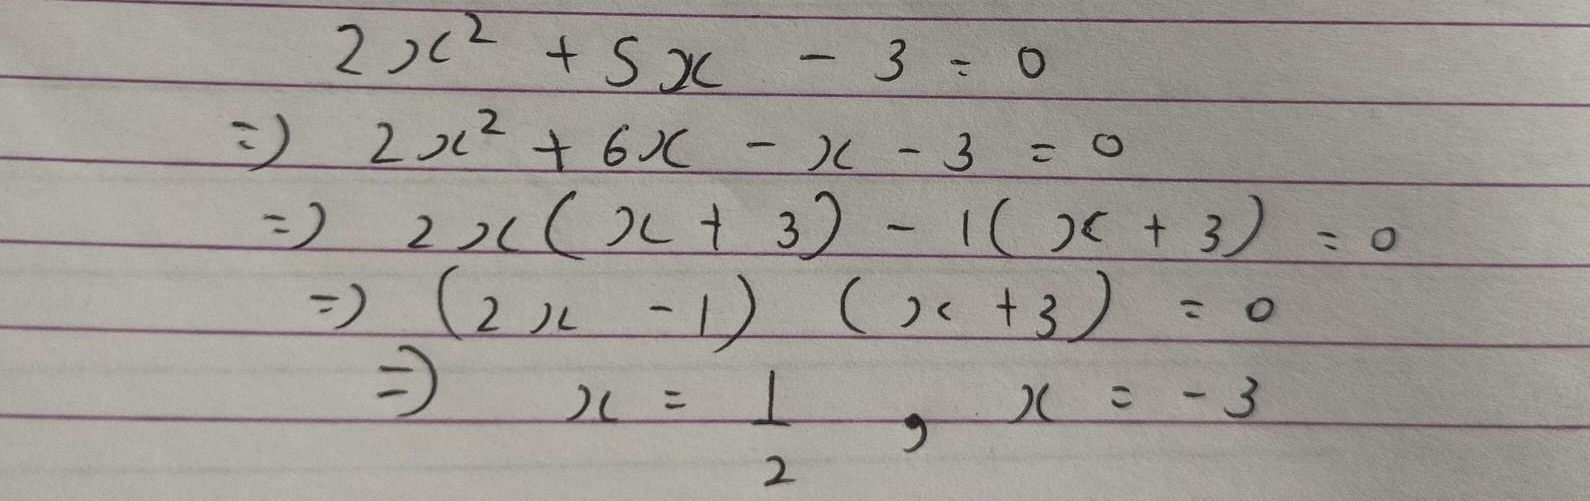
\[
\begin{align*}
&2x^{2}+5x - 3 = 0\\
\Rightarrow&2x^{2}+6x - x - 3 = 0\\
\Rightarrow&2x(x + 3)-1(x + 3)=0\\
\Rightarrow&(2x - 1)(x + 3)=0\\
\Rightarrow&x=\frac{1}{2},x=- 3
\end{align*}
\]